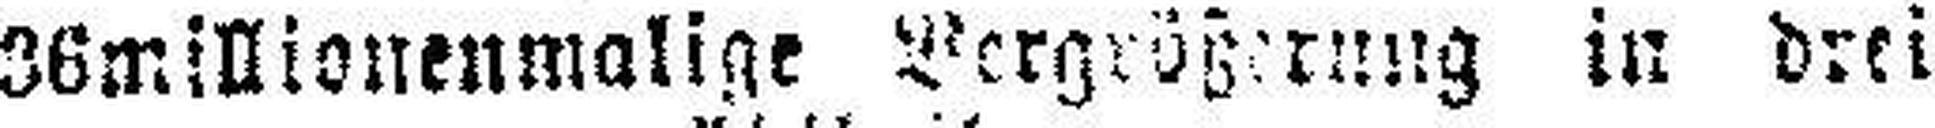
36millionenmalige Vergrögerung in drei